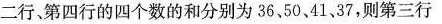
二行、第四行的四个数的和分别为36，50、41、37，则第三行